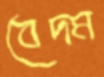
বেদম